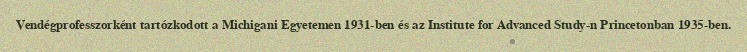
Vendégprofesszorként tartózkodott a Michigani Egyetemen 1931-ben és az Institute for Advanced Study-n Princetonban 1935-ben.